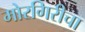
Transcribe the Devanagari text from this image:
मोरगिरीचा